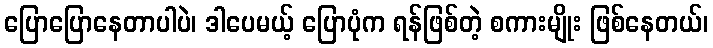
ပြောပြောနေတာပါပဲ၊ ဒါပေမယ့် ပြောပုံက ရန်ဖြစ်တဲ့ စကားမျိုး ဖြစ်နေတယ်၊